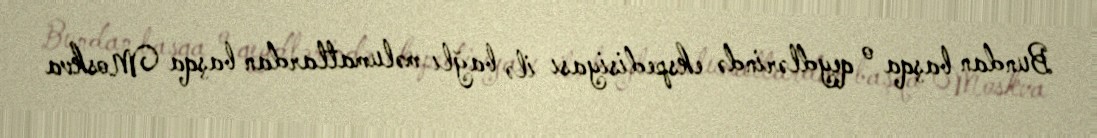
Bundan başqa o qeydlərində ekspedisiyası ilə bağlı məlumatlardan başqa Moskva